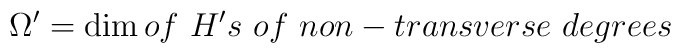
\Omega^\prime=\dim of~H's~ of~ non-transverse~ degrees